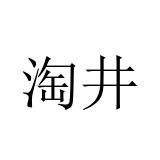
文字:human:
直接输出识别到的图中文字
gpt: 淘井